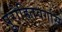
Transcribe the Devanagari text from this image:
पुरोहितवर्गास